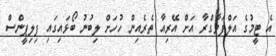
އެ ޓީމުގެ އަލްފަވާގްރާ އަށް އޭރިއާ ތެރެއިން ހުހަށް ލިބުނު ބޯޅައިގައި ފިލިޕީންސް